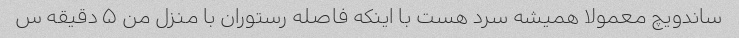
ساندویچ معمولا همیشه سرد هست با اینکه فاصله رستوران با منزل من ۵ دقیقه س